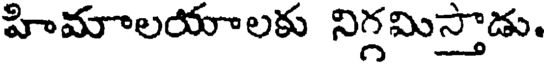
హిమాలయాలకు నిగ్గమిస్తాడు.